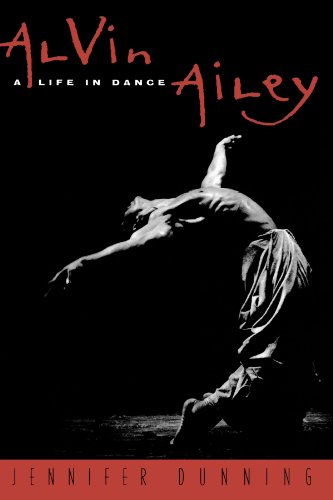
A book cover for Alvin Ailey: A Life In Dance; Jennifer Dunning; Biographies & Memoirs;